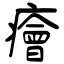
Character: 癐